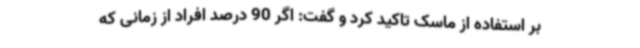
بر استفاده از ماسک تاکید کرد و گفت: اگر 90 درصد افراد از زمانی که